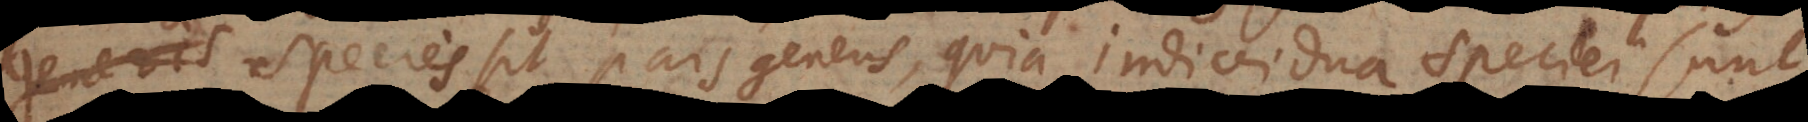
s species sit pars generis, quia individua speciei sunt